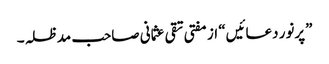
”پرنور دعائیں“ از مفتی تقی عثمانی صاحب مدظلہ۔